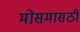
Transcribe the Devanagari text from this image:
मोसमासठी